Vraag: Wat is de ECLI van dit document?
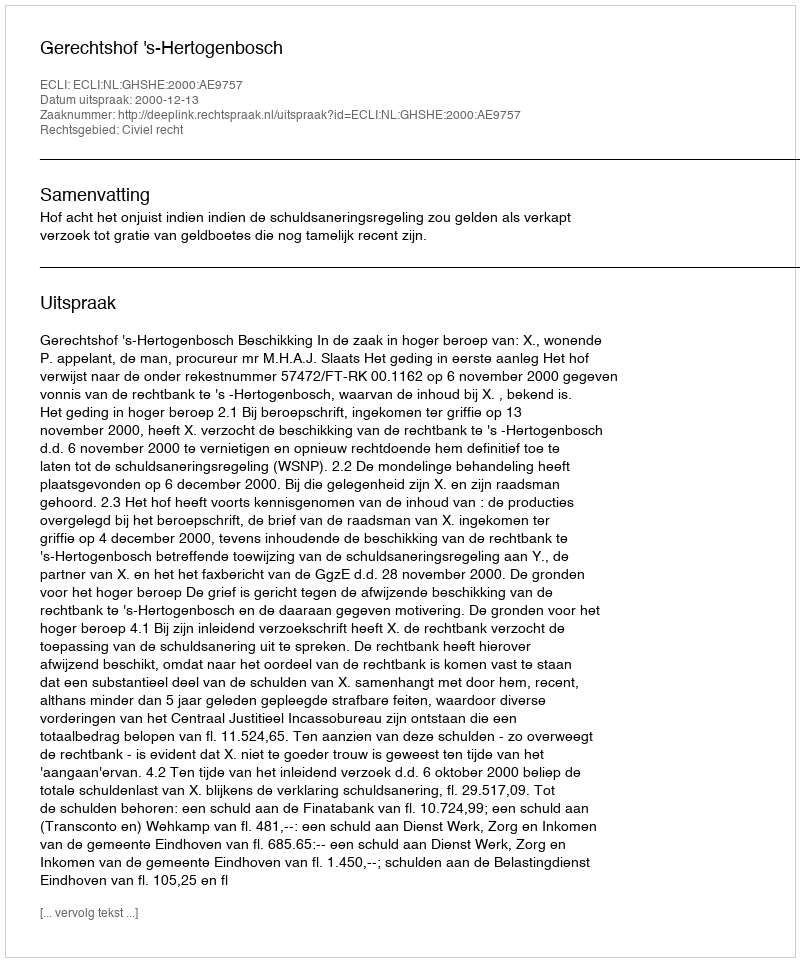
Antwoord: ECLI:NL:GHSHE:2000:AE9757